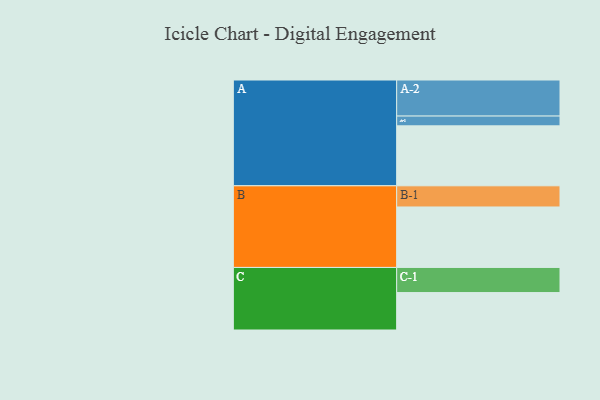
{"axis": {"x": "Segment", "y": "Value"}, "legend": ["", "A", "B", "C"], "data": [{"x": "A", "y": 484, "type": ""}, {"x": "B", "y": 488, "type": ""}, {"x": "C", "y": 302, "type": ""}, {"x": "A-1", "y": 79, "type": "A"}, {"x": "A-2", "y": 291, "type": "A"}, {"x": "B-1", "y": 171, "type": "B"}, {"x": "C-1", "y": 203, "type": "C"}]}